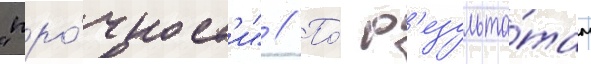
"про́чност'и" // По́ р'езульта́там